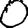
Digit: 0